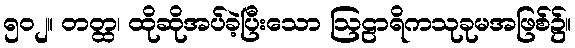
၅၀၂။ တတ္ထ၊ ထိုဆိုအပ်ခဲ့ပြီးသော ဩဠာရိကသုခုမအဖြစ်၌။